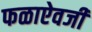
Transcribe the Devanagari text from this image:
फळाऐवजी